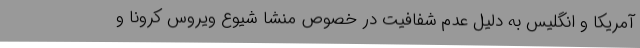
آمریکا و انگلیس به دلیل عدم شفافیت در خصوص منشا شیوع ویروس کرونا و